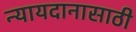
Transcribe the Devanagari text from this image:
न्यायदानासाठी